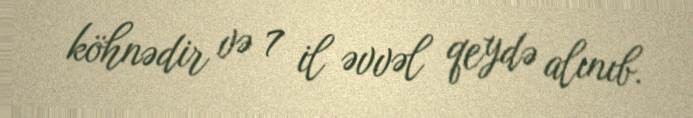
köhnədir və 7 il əvvəl qeydə alınıb.